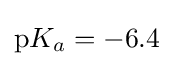
\mathrm {p} K_{a}=-6.4